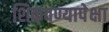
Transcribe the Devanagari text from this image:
शिकवण्यापेक्षा